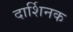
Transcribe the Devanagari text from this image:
दार्शिनक